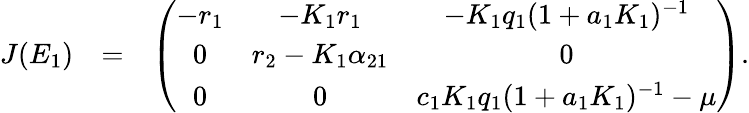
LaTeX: \begin{array}{rlr}{J(E_{1})}&{=}&{\left(\begin{array}{ccc}{-r_{1}}&{-K_{1}r_{1}}&{-K_{1}q_{1}(1+a_{1}K_{1})^{-1}}\\ {0}&{r_{2}-K_{1}\alpha_{21}}&{0}\\ {0}&{0}&{c_{1}K_{1}q_{1}(1+a_{1}K_{1})^{-1}-\mu}\end{array}\right).}\end{array}